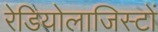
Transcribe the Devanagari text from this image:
रेडियोलाजिस्टों